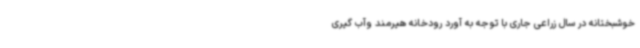
خوشبختانه در سال زراعی جاری با توجه به آورد رودخانه هیرمند وآب گیری